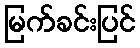
မြက်ခင်းပြင်